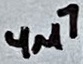
Text: 4µ7